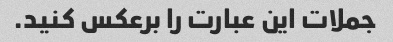
جملات این عبارت را برعکس کنید.